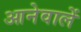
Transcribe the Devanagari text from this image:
आनेवालें